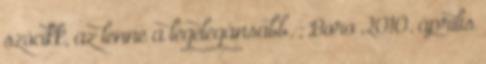
szócikk, az lenne a legelegánsabb. ; Boro 2010. április